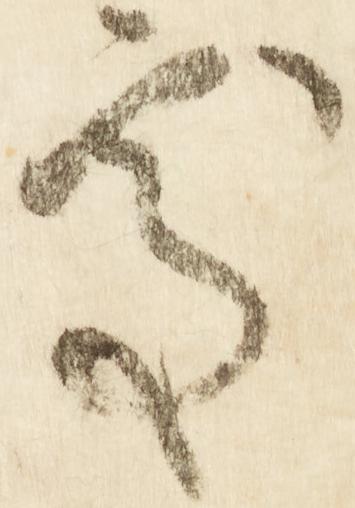
処